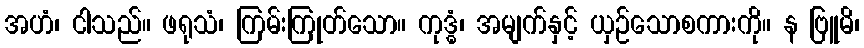
အဟံ၊ ငါသည်။ ဖရုသံ၊ ကြမ်းကြုတ်သော။ ကုဒ္ဓံ၊ အမျက်နှင့် ယှဉ်သောစကားကို။ န ဗြူမိ၊